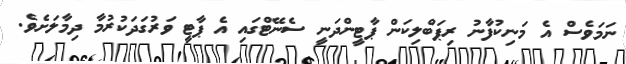
ނަމަވެެސް އެ މަނިކުފާނު ރިޕަބްލިކަން ޕާޓީންދަނީ ސެނޭޓްގައި އެ ޕާޓީ ވަރުގަދަކުރުމާ ދިމާލަށެވެ.